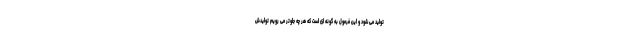
تولید می شود و این فرمول به گونه ای است که هر چه جلوتر می رویم تولیدش